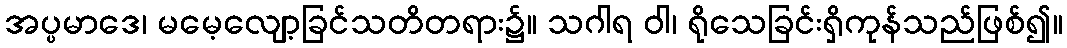
အပ္ပမာဒေ၊ မမေ့လျော့ခြင်သတိတရား၌။ သဂါရ ဝါ၊ ရိုသေခြင်းရှိကုန်သည်ဖြစ်၍။